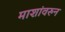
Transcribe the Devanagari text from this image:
माशांवरुन